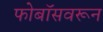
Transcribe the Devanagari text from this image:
फोबॉसवरून